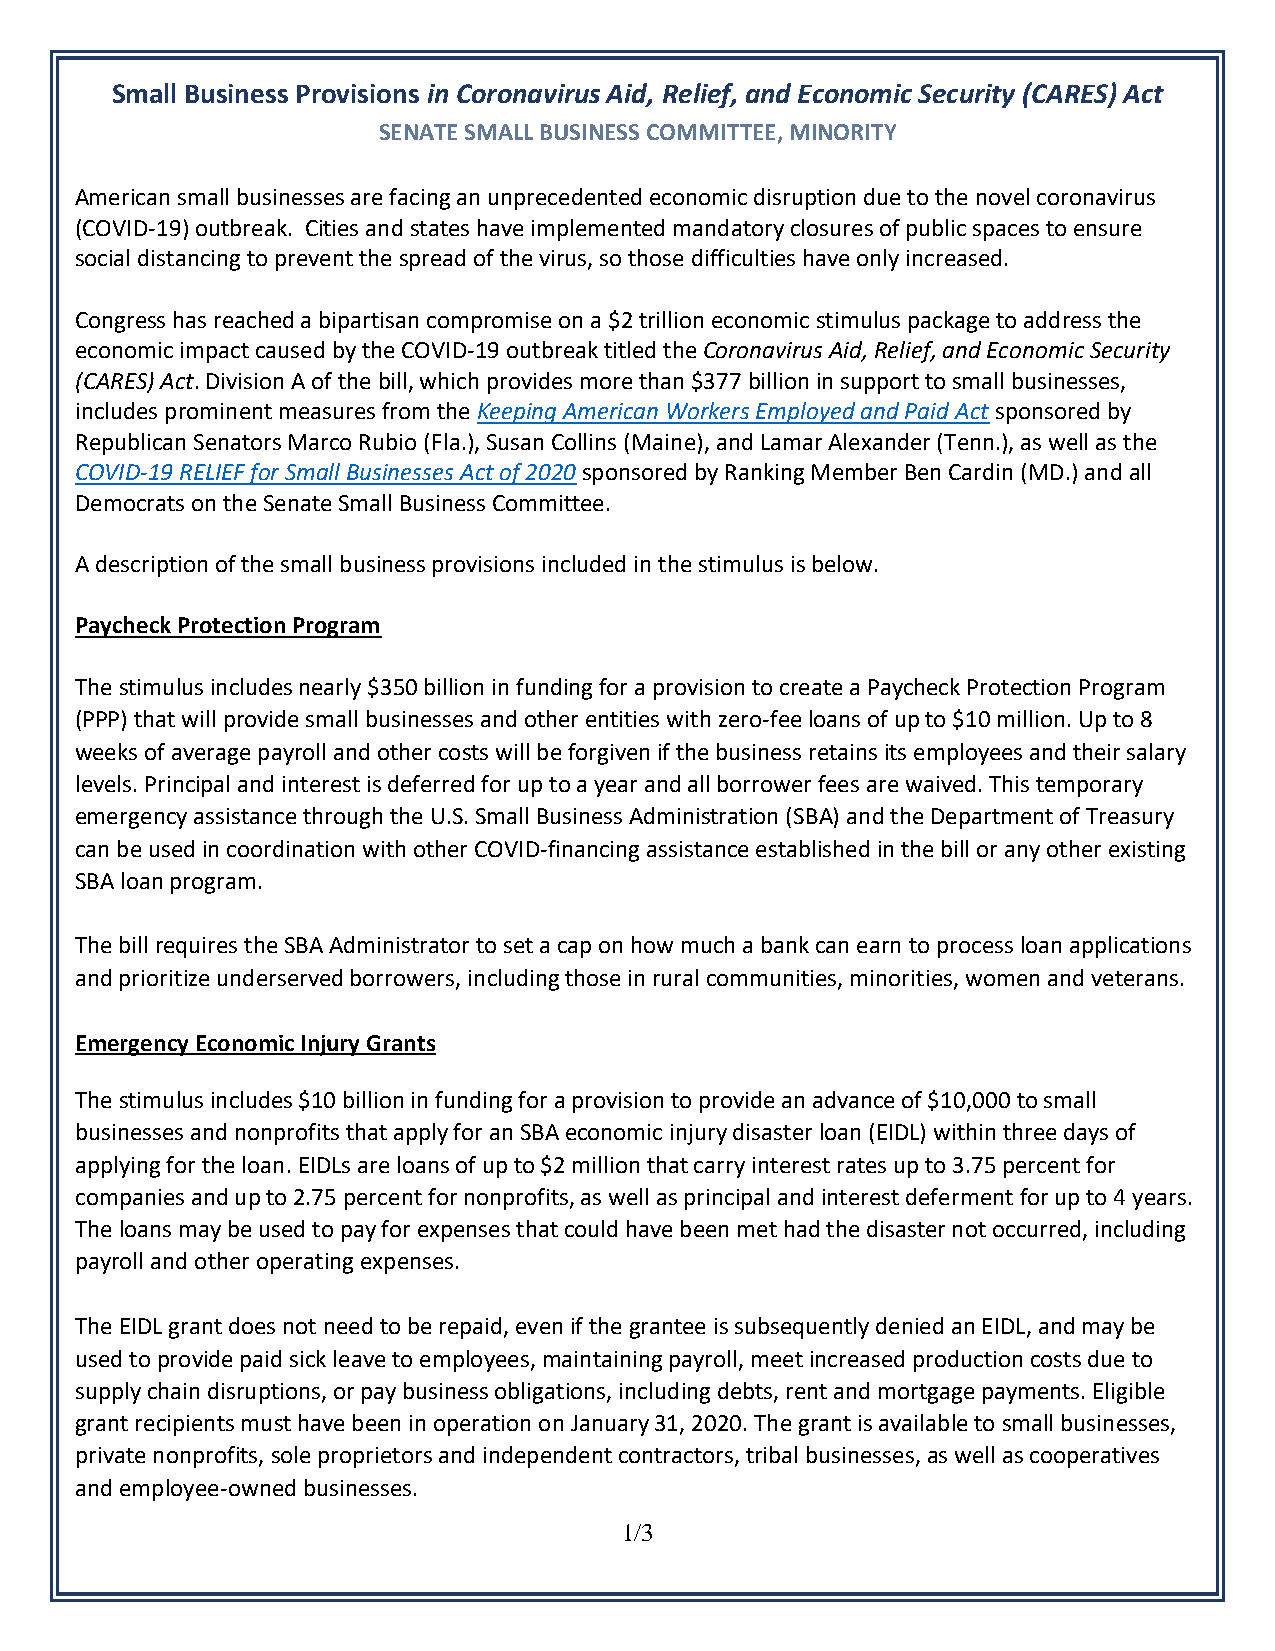
Small Business Provisions in Coronavirus Aid, Relief, and Economic Security (CARES) Act
 SENATE SMALL BUSINESS COMMITTEE, MINORITY
 American small businesses are facing an unprecedented economic disruption due to the novel coronavirus
 (COVID-19) outbreak. Cities and states have implemented mandatory closures of public spaces to ensure
 social distancing to prevent the spread of the virus, so those difficulties have only increased.
 Congress has reached a bipartisan compromise on a $2 trillion economic stimulus package to address the
 economic impact caused by the COVID-19 outbreak titled the Coronavirus Aid, Relief, and Economic Security
 (CARES) Act. Division A of the bill, which provides more than $377 billion in support to small businesses,
 includes prominent measures from the Keeping American Workers Employed and Paid Act sponsored by
 Republican Senators Marco Rubio (Fla.), Susan Collins (Maine), and Lamar Alexander (Tenn.), as well as the
 COVID-19 RELIEF for Small Businesses Act of 2020 sponsored by Ranking Member Ben Cardin (MD.) and all
 Democrats on the Senate Small Business Committee.
 A description of the small business provisions included in the stimulus is below.
 Paycheck Protection Program
 The stimulus includes nearly $350 billion in funding for a provision to create a Paycheck Protection Program
 (PPP) that will provide small businesses and other entities with zero-fee loans of up to $10 million. Up to 8
 weeks of average payroll and other costs will be forgiven if the business retains its employees and their salary
 levels. Principal and interest is deferred for up to a year and all borrower fees are waived. This temporary
 emergency assistance through the U.S. Small Business Administration (SBA) and the Department of Treasury
 can be used in coordination with other COVID-financing assistance established in the bill or any other existing
 SBA loan program.
 The bill requires the SBA Administrator to set a cap on how much a bank can earn to process loan applications
 and prioritize underserved borrowers, including those in rural communities, minorities, women and veterans.
 Emergency Economic Injury Grants
 The stimulus includes $10 billion in funding for a provision to provide an advance of $10,000 to small
 businesses and nonprofits that apply for an SBA economic injury disaster loan (EIDL) within three days of
 applying for the loan. EIDLs are loans of up to $2 million that carry interest rates up to 3.75 percent for
 companies and up to 2.75 percent for nonprofits, as well as principal and interest deferment for up to 4 years.
 The loans may be used to pay for expenses that could have been met had the disaster not occurred, including
 payroll and other operating expenses.
 The EIDL grant does not need to be repaid, even if the grantee is subsequently denied an EIDL, and may be
 used to provide paid sick leave to employees, maintaining payroll, meet increased production costs due to
 supply chain disruptions, or pay business obligations, including debts, rent and mortgage payments. Eligible
 grant recipients must have been in operation on January 31, 2020. The grant is available to small businesses,
 private nonprofits, sole proprietors and independent contractors, tribal businesses, as well as cooperatives
 and employee-owned businesses.
 1/3